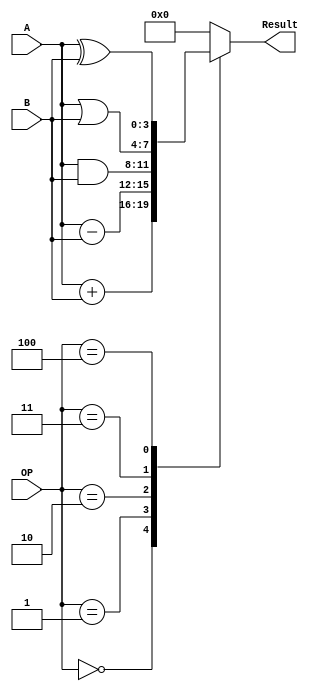
module FourBitALU(
  input [3:0] A, // 4-bit input A
  input [3:0] B, // 4-bit input B
  input [2:0] OP, // 3-bit control input for operation selection
  output reg [3:0] Result // 4-bit output
);

  // Define ALU operations based on OP
  always @* begin
    case (OP)
      3'b000: Result = A + B;
      3'b001: Result = A - B;
      3'b010: Result = A & B;
      3'b011: Result = A | B;
      3'b100: Result = A ^ B;
      default: Result = 4'b0000; // Default to zero for other OP values
    endcase
  end

endmodule